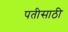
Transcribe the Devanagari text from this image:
पतीसाठी